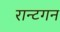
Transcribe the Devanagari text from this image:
रान्टगन